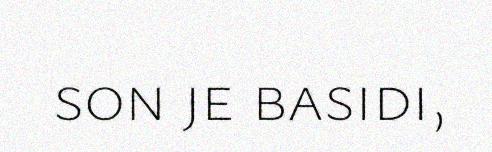
son je basidi,